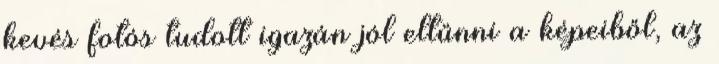
kevés fotós tudott igazán jól eltűnni a képeiből, az